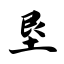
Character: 垦